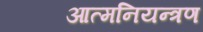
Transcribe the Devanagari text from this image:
आत्मनियन्त्रण